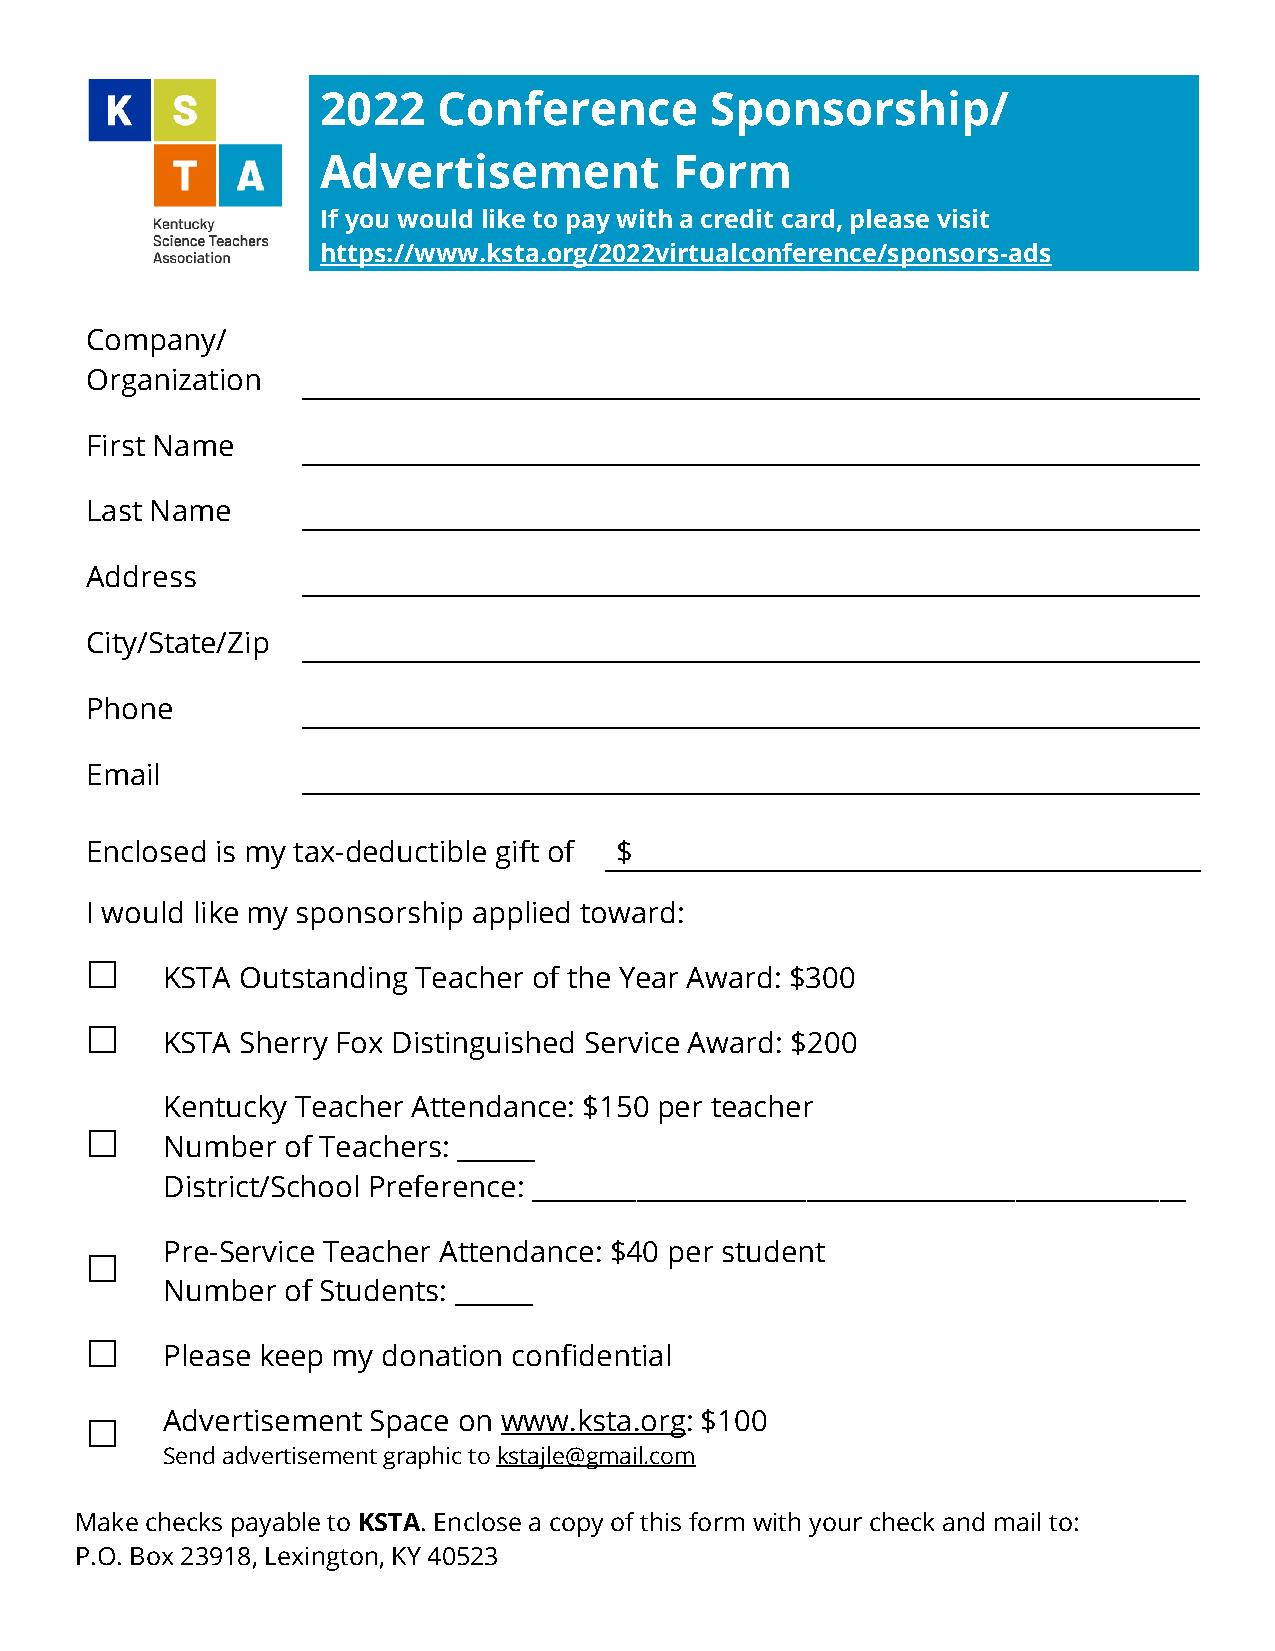
2022    Conference        Sponsorship/
 Advertisement           Form
 If you would like to pay with a credit card, please visit
 https://www.ksta.org/2022virtualconference/sponsors-ads
 Company/
 Organization
 First Name
 Last Name
 Address
 City/State/Zip
 Phone
 Email
 Enclosed is my tax-deductible gift of $
 I would like my sponsorship applied toward:
 
 KSTA Outstanding Teacher of the Year Award: $300
 
 KSTA Sherry Fox Distinguished Service Award: $200
 Kentucky Teacher Attendance: $150 per teacher
 
 Number  of Teachers: ______
 District/School Preference: __________________________________________________
 Pre-Service Teacher Attendance: $40 per student
 
 Number  of Students: ______
 
 Please keep my donation confidential
 Advertisement Space on www.ksta.org: $100
 
 Send advertisement graphic to kstajle@gmail.com
 Make checks payable to KSTA. Enclose a copy of this form with your check and mail to:
 P.O. Box 23918, Lexington, KY 40523